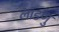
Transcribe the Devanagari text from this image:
लाडणु